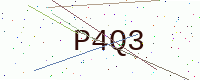
Text: P4Q3